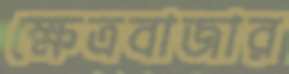
ক্ষেত্রবাজার